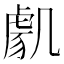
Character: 𭂸